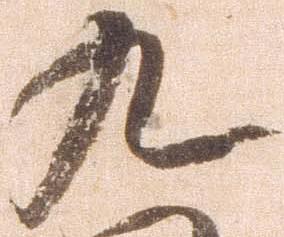
九